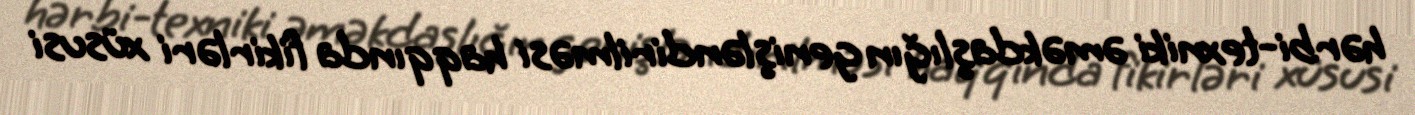
hərbi-texniki əməkdaşlığın genişləndirilməsi haqqında fikirləri xüsusi